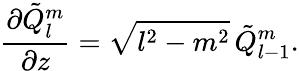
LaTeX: \frac{\partial\tilde{Q}_{l}^{m}}{\partial z}=\sqrt{l^{2}-m^{2}}\, \tilde{Q}_{l-1}^{m}.